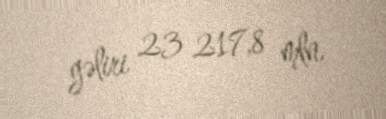
gəliri 23 217,8 mln.